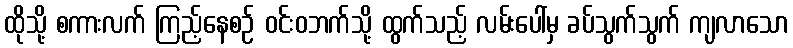
ထိုသို့ စကားလက် ကြည့်နေစဉ် ဝင်းဝဘက်သို့ ထွက်သည့် လမ်းပေါ်မှ ခပ်သွက်သွက် ကျလာသော